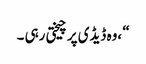
“ ،وہ ڈیڈی پر چیختی رہی ۔